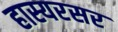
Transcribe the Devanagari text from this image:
हास्यरसर